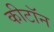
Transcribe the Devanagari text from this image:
कीटॉन